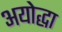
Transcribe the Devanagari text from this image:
अयोद्धा